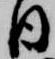
日